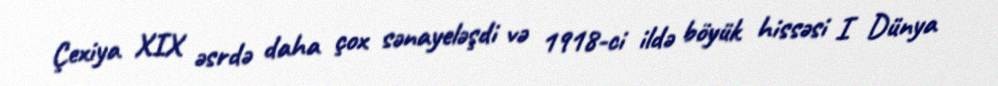
Çexiya XIX əsrdə daha çox sənayeləşdi və 1918-ci ildə böyük hissəsi I Dünya